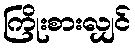
ကြိုးစားလျှင်